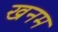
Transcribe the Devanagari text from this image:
खनम